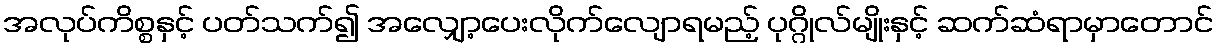
အလုပ်ကိစ္စနှင့် ပတ်သက်၍ အလျှော့ပေးလိုက်လျောရမည့် ပုဂ္ဂိုလ်မျိုးနှင့် ဆက်ဆံရာမှာတောင်